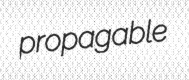
propagable